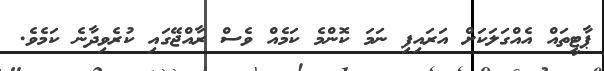
ޕާޓީތައް އެއްގަލަކަށް އަރައިފި ނަމަ ކޮންމެ ކަމެއް ވެސް ރާއްޖޭގައި ކުރެވިދާނެ ކަމެވެ.